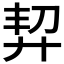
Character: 𢍆